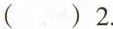
()2.